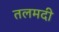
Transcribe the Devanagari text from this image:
तलमदी